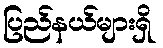
ပြည်နယ်များရှိ